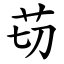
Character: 苆